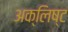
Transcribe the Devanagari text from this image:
अक्लिष्ट